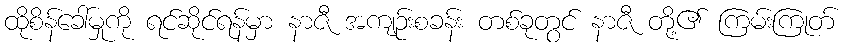
ထိုစိန်ခေါ်မှုကို ရင်ဆိုင်ရန်မှာ နာဇီ အကျဉ်းစခန်း တစ်ခုတွင် နာဇီ တို့၏ ကြမ်းကြုတ်